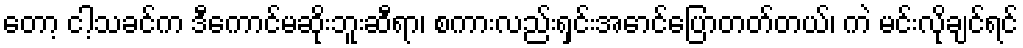
တော့ ငါ့သခင်က ဒီကောင်မဆိုးဘူးဆီရာ၊ စကားလည်းရှင်းအောင်ပြောတတ်တယ်၊ ကဲ မင်းလိုချင်ရင်